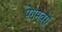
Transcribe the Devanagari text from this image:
पेग़मबरों